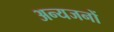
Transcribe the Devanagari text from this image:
अन्यजनों